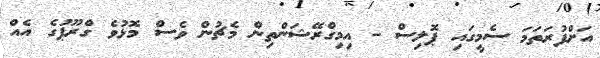
އަށްފުރަތަމަ ސެމީގައި ޕޮލިސް - އިމިގްރޭޝަންތިން މެޗުން ވެސް މޮޅުވެ ގްރޫޕުގެ އެއް